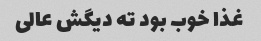
غذا خوب بود ته دیگش عالی